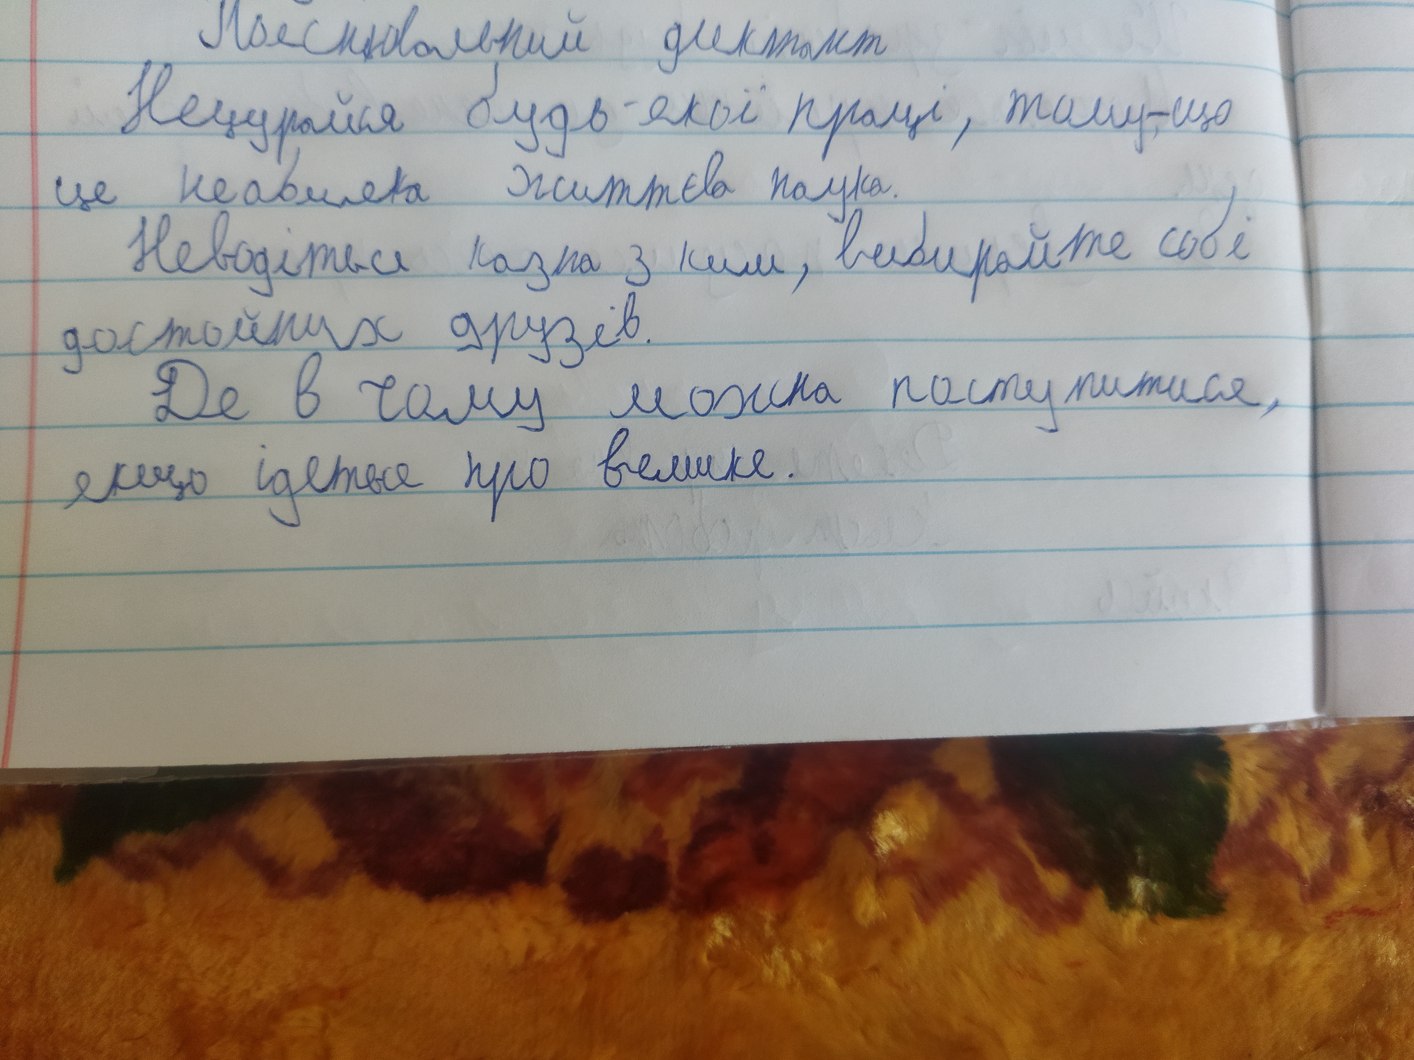
Пояснювальний диктант
Нецурайся будь-якої праці, тому-що
це неабияка життєва наука.
Неводіться казна з ким, вибирайте собі
достойних друзів.
Де в чому можна поступитися,
якщо ідеться про велике.